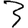
Digit: 3